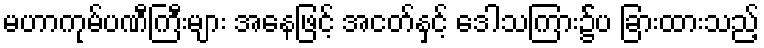
မဟာကုမ်ပဏီကြီးများ အနေဖြင့် အငတ်နှင့် ဒေါသကြား၌်ပ ခြားထားသည့်